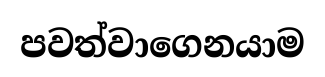
පවත්වාගෙනයාම